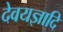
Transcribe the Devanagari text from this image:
देवयज्ञादि